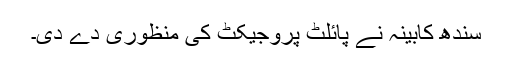
سندھ کابینہ نے پائلٹ پروجیکٹ کی منظوری دے دی۔